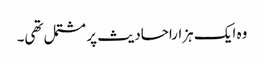
وہ ایک ہزاراحادیث پر مشتمل تھی۔